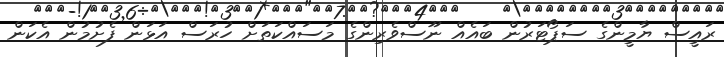
ރައީސް ޔާމީންގެ ސަޕޯޓަރުން ބައެއް ނޫސްވެރިންގެ މަސައްކަތަށް ހުރަސް އަޅަން ފެށުމުން އެކަން